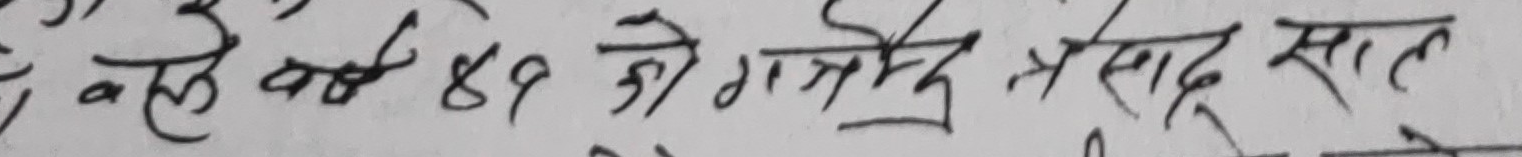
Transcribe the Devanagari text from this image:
वाले वर्ष ४९ हो गया प्रसाद सात